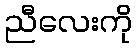
ညီလေးကို